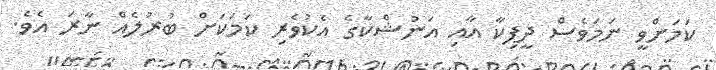
ކަމަށްވީ ނަމަވެސް ދީޕިކާ އާއި އަނުޝްކާގެ އެކުވެރި ކަމަކަށް ބުރުލެއް ނާރަ އެވެ.